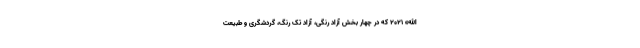
الله» 2021 که در چهار بخش آزاد رنگی، آزاد تک رنگ، گردشگری و طبیعت